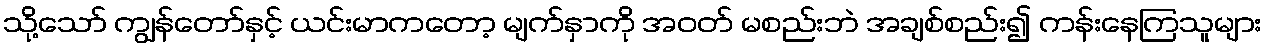
သို့သော် ကျွန်တော်နှင့် ယင်းမာကတော့ မျက်နှာကို အဝတ် မစည်းဘဲ အချစ်စည်း၍ ကန်းနေကြသူများ